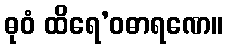
ဓုဝံ ထိရေ’ဝဓာရဏေ။